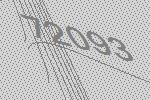
72093